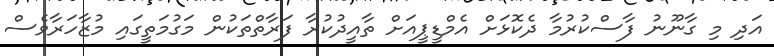
އަދި މި ގާނޫނު ފާސްކުުރުމާ ދެކޮޅަށް އެމްޑީޕީއަށް ތާއީދުކުރާ ފަރާތްތަކުން މަގުމަތީގައި މުޒާހަރާވެސް